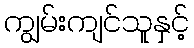
ကျွမ်းကျင်သူနှင့်